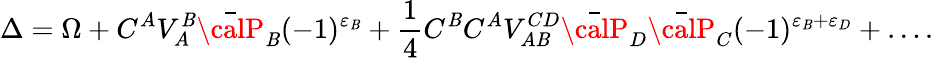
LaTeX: \Delta=\Omega+C^{A}V_{A}^{\mathit{B}}\bar{{\calP}}_{\mathit{B}}(-1)^{\varepsilon_{\mathit{B}}}+\frac{{1}}{{4}}C^{\mathit{B}}C^{A}V_{A\mathit{B}}^{CD}\bar{{\calP}}_{D}\bar{{\calP}}_{C}(-1)^{\varepsilon_{\mathit{B}}+\varepsilon_{D}}+\ldots.